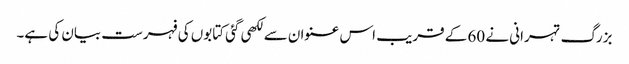
بزرگ تہرانی نے 60 کے قریب اس عنوان سے لکھی گئی کتابوں کی فہرست بیان کی ہے۔